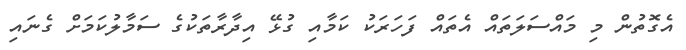
އެގޮތުން މި މައްސަލަތައް އެތައް ފަހަރަކު ކަމާއި ގުޅޭ އިދާރާތަކުގެ ސަމާލުކަމަށް ގެނައި